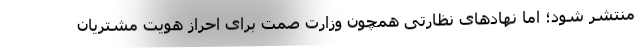
منتشر شود؛ اما نهادهای نظارتی همچون وزارت صمت برای احراز هویت مشتریان